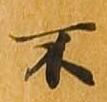
不